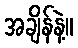
အချိန်နဲ့။